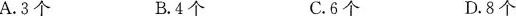
A.3个 B.4个 C.6个 D.8个